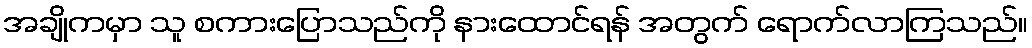
အချိုကမှာ သူ စကားပြောသည်ကို နားထောင်ရန် အတွက် ရောက်လာကြသည်။